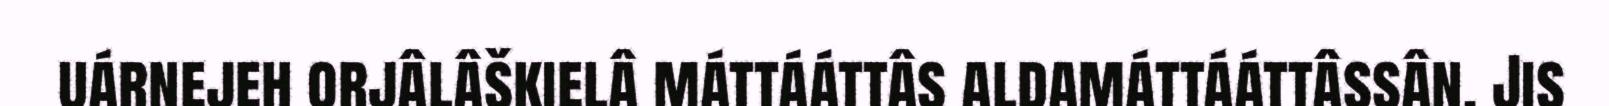
uárnejeh orjâlâškielâ máttááttâs aldamáttááttâssân. Jis